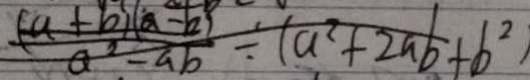
\frac { ( a + b ) ( a - b ) } { a ^ { 2 } - a b } \div ( a ^ { 2 } + 2 a b + b ^ { 2 } )